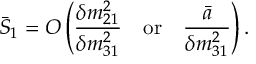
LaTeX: \bar { S } _ { 1 } = O \left( \frac { \delta m _ { 2 1 } ^ { 2 } } { \delta m _ { 3 1 } ^ { 2 } } \quad \mathrm { o r } \quad \frac { \bar { a } } { \delta m _ { 3 1 } ^ { 2 } } \right) .